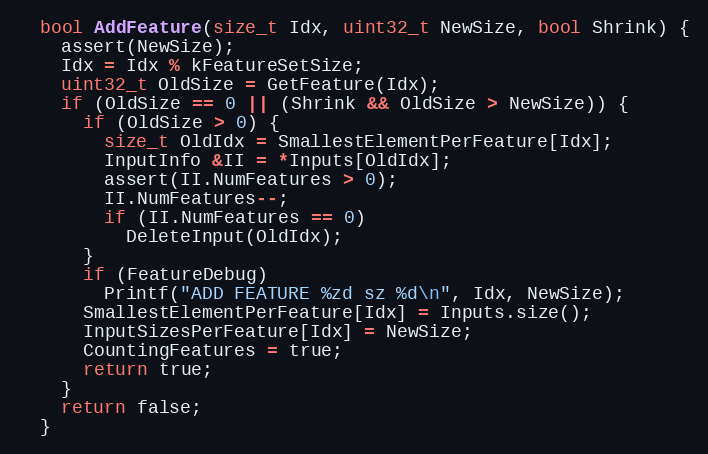
Language: C
  bool AddFeature(size_t Idx, uint32_t NewSize, bool Shrink) {
    assert(NewSize);
    Idx = Idx % kFeatureSetSize;
    uint32_t OldSize = GetFeature(Idx);
    if (OldSize == 0 || (Shrink && OldSize > NewSize)) {
      if (OldSize > 0) {
        size_t OldIdx = SmallestElementPerFeature[Idx];
        InputInfo &II = *Inputs[OldIdx];
        assert(II.NumFeatures > 0);
        II.NumFeatures--;
        if (II.NumFeatures == 0)
          DeleteInput(OldIdx);
      }
      if (FeatureDebug)
        Printf("ADD FEATURE %zd sz %d\n", Idx, NewSize);
      SmallestElementPerFeature[Idx] = Inputs.size();
      InputSizesPerFeature[Idx] = NewSize;
      CountingFeatures = true;
      return true;
    }
    return false;
  }